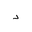
Letter: _dal